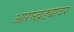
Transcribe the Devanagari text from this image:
आराखड्यावर